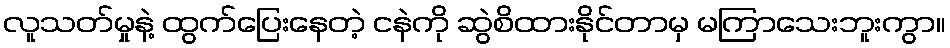
လူသတ်မှုနဲ့ ထွက်ပြေးနေတဲ့ ငနဲကို ဆွဲစိထားနိုင်တာမှ မကြာသေးဘူးကွာ။